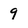
Character: 9